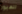
للعبور